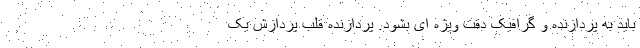
باید به پردازنده و گرافیک دقت ویژه ای بشود. پردازنده قلب پردازش یک